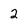
Character: 2